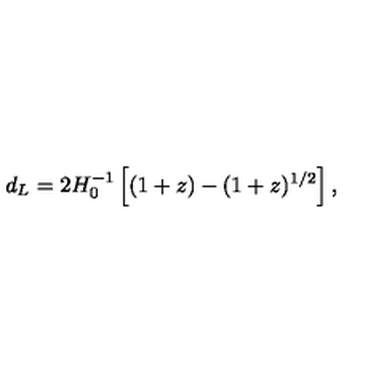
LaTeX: d _ { L } = 2 H _ { 0 } ^ { - 1 } \left[ ( 1 + z ) - ( 1 + z ) ^ { 1 / 2 } \right] ,